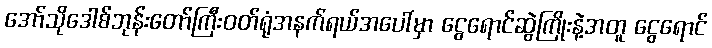
အော်သိုဒေါစ်ဘုန်းတော်ကြီးဝတ်ရုံအနက်ရယ်အပေါ်မှာ ငွေရောင်ဆွဲကြိုးနဲ့အတူ ငွေရောင်